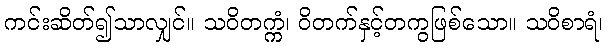
ကင်းဆိတ်၍သာလျှင်။ သဝိတက္ကံ၊ ဝိတက်နှင့်တကွဖြစ်သော။ သဝိစာရံ၊